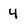
Character: 4